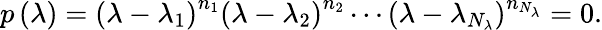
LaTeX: p\left(\lambda\right)=\left(\lambda-\lambda_{1}\right)^{n_{1}}\left(\lambda-\lambda_{2}\right)^{n_{2}}\cdots\left(\lambda-\lambda_{N_{\lambda}}\right)^{n_{N_{\lambda}}}=0.